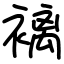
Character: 褵